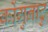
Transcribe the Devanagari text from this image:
कोंगुनाटु